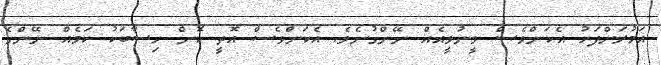
އަމުރަށްފަހު އެކަންވެސް ވީނުވީއެއް ނޭންގުނެވެ. އެކަންވެސް އޮތީ ކޮން ހިސާބަކު ކަމެއް ނޭންގެ